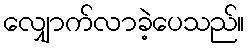
လျှောက်လာခဲ့ပေသည်။